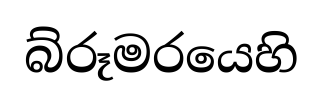
බ්රූමරයෙහි